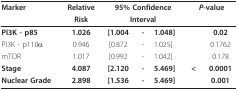
| Marker | Relative | <COLSPAN=3> 95% Confidence | <COLSPAN=2> P-value |
 |  | Risk | <COLSPAN=3> Interval |  |  |
 | --- | --- | --- | --- | --- | --- | --- |
 | PI3K - p85 | 1.026 | [1.004 | - | 1.048] |  | 0.02 |
 | PI3K - p110α | 0.946 | [0.872 | - | 1.025] |  | 0.1762 |
 | mTOR | 1.017 | [0.992 | - | 1.042] |  | 0.178 |
 | Stage | 4.087 | [2.120 | - | 5.469] | < | 0.0001 |
 | Nuclear Grade | 2.898 | [1.536 | - | 5.469] |  | 0.001 |